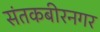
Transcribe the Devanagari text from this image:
संतकबीरनगर